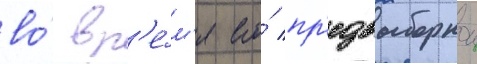
во́ вр'е́м'я его́ пр'едвыборнои